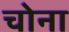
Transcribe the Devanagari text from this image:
चोना